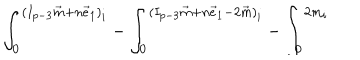
{ \int _ { 0 } ^ { ( I _ { p - 3 } \vec { m } + n \vec { e } _ { 1 } ) _ { i } } - \int _ { 0 } ^ { ( I _ { p - 3 } \vec { m } + n \vec { e } _ { 1 } - 2 \vec { m } ) _ { i } } - \int _ { 0 } ^ { 2 m _ { i } } }